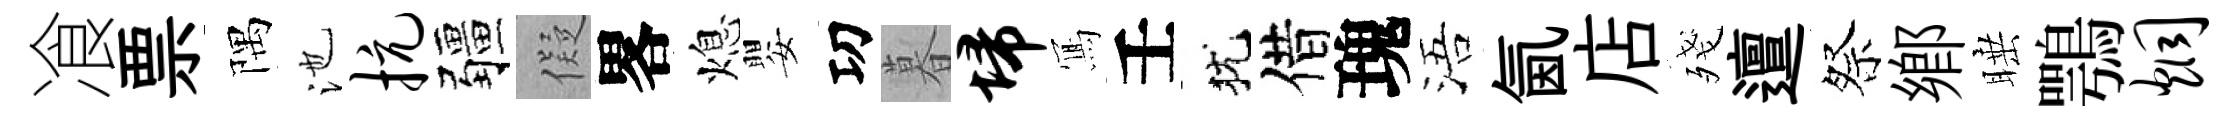
飡票隅池抗疆儗畧熄嬰㓛暮埽𭂁壬犹借瑰浯氤店殘邅祭郷睡鶚炯